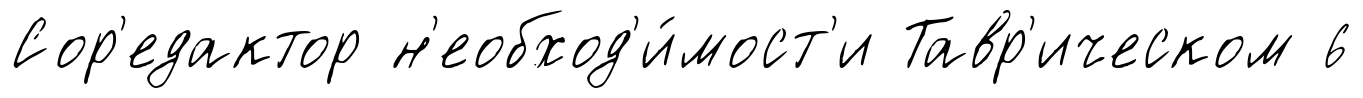
Сор'едактор н'еобход'и́мост'и Тавр'ическом 6